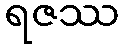
ရဇဿ